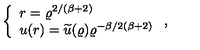
\left\{ \begin{array} { l } { r = \varrho ^ { 2 / ( \beta + 2 ) } \nonumber } \\ { u ( r ) = \widetilde { u } ( \varrho ) \varrho ^ { - \beta / 2 ( \beta + 2 ) } } \\ \end{array} \right. ,